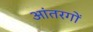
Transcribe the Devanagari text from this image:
आंतरगों